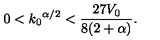
0 < { k _ { 0 } } ^ { \alpha / 2 } < \frac { 2 7 V _ { 0 } } { 8 ( 2 + \alpha ) } .